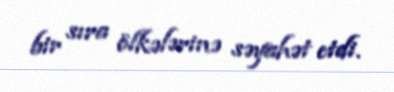
bir sıra ölkələrinə səyahət etdi.